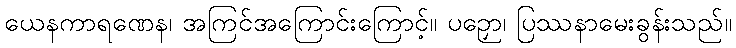
ယေနကာရဏေန၊ အကြင်အကြောင်းကြောင့်။ ပဉှော၊ ပြဿနာမေးခွန်းသည်။